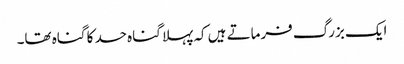
ایک بزرگ فرماتے ہیں کہ پہلا گناہ حسد کا گناہ تھا۔